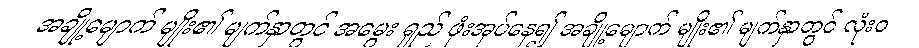
အချို့မျောက် မျိုး၏ မျက်နှာတွင် အမွေး ရှည် ဖုံးအုပ်နေ၍ အချို့မျောက် မျိုး၏ မျက်နှာတွင် လုံးဝ